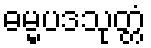
ဓမ္မပဒသုတ္တံ